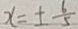
x = \pm \frac { 6 } { 5 }